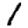
Digit: 1